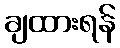
ချထားရန်